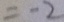
= - 2